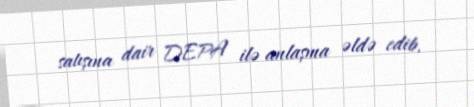
satışına dair DEPA ilə anlaşma əldə edib.